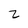
Character: 2